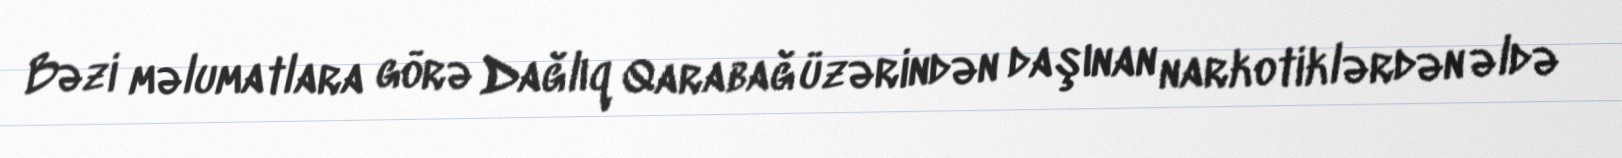
Bəzi məlumatlara görə Dağlıq Qarabağ üzərindən daşınan narkotiklərdən əldə